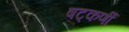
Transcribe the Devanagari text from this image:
षट्‌कर्णीं